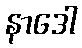
နာဒေါ